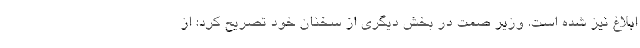
ابلاغ نیز شده است. وزیر صمت در بخش دیگری از سخنان خود تصریح کرد: از